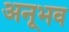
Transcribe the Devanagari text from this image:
अनूभव